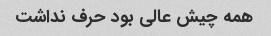
همه چیش عالی بود حرف نداشت